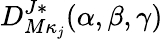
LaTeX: D_{M\kappa_{j}}^{J*}(\alpha,\beta,\gamma)